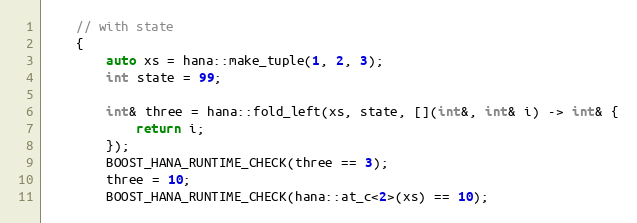
Language: C++
    // with state
    {
        auto xs = hana::make_tuple(1, 2, 3);
        int state = 99;

        int& three = hana::fold_left(xs, state, [](int&, int& i) -> int& {
            return i;
        });
        BOOST_HANA_RUNTIME_CHECK(three == 3);
        three = 10;
        BOOST_HANA_RUNTIME_CHECK(hana::at_c<2>(xs) == 10);